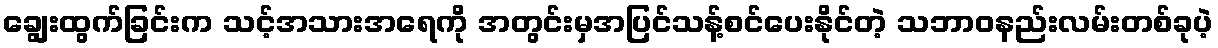
ချွေးထွက်ခြင်းက သင့်အသားအရေကို အတွင်းမှအပြင်သန့်စင်ပေးနိုင်တဲ့ သဘာဝနည်းလမ်းတစ်ခုပဲ့